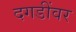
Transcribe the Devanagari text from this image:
दगडींवर